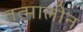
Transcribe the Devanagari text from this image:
तत्मालीन